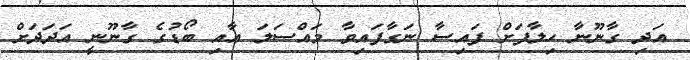
އަދި ގާނޫނާ ހިލާފަށް ފައިސާ ނަގާފައިވާ މައްސަލަ އާއި ބޯޑުގެ ގާނޫނީ އަދަދަށް